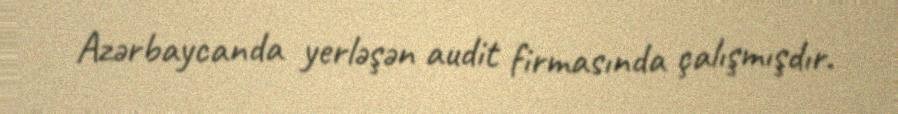
Azərbaycanda yerləşən audit firmasında çalışmışdır.